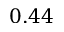
0 . 4 4